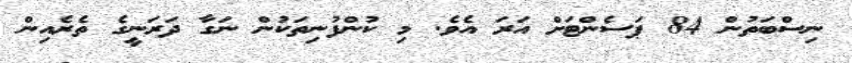
ނިސްބަތުން 84 ޕަސެންޓަށް އަރަ އެވެ. މި ކުންފުނިތަކުން ނަގާ ދަރަނީގެ ތެރެއިން